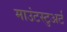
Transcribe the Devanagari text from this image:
माउंटस्टुअर्ट